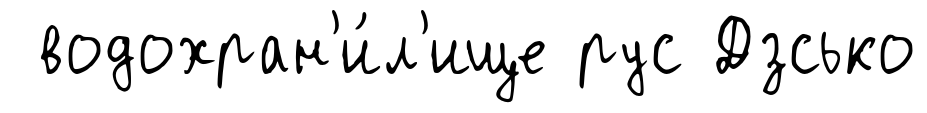
водохран'и́л'ище рус Дзсько